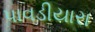
પાવડીયારા